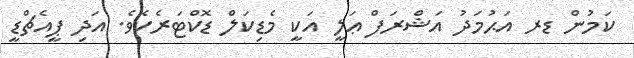
ކަމުން ޑރ އަޙުމަދު އަޝްރަފް ޢަލީ އަކީ މެޑިކަލް ޑޮކްޓަރެކެވެ. އަދި ޕީއެޗްޑީ